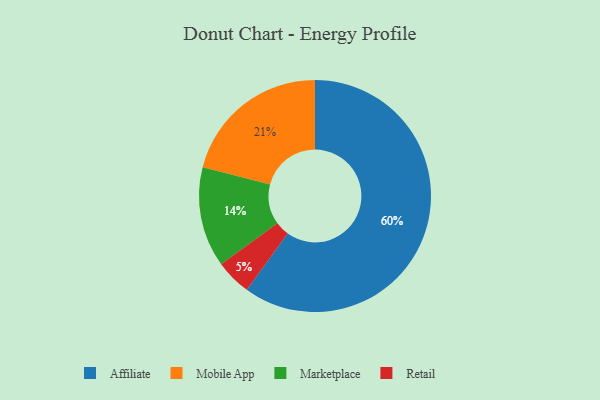
{"axis": {"x": "Category", "y": "Percentage"}, "legend": ["Affiliate", "Marketplace", "Mobile App", "Retail"], "data": [{"x": "Retail", "y": 5, "type": "Retail"}, {"x": "Mobile App", "y": 21, "type": "Mobile App"}, {"x": "Marketplace", "y": 14, "type": "Marketplace"}, {"x": "Affiliate", "y": 60, "type": "Affiliate"}]}